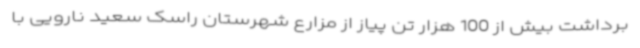
برداشت بیش از 100 هزار تن پیاز از مزارع شهرستان راسک سعید نارویی با